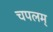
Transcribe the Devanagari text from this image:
चपलम्